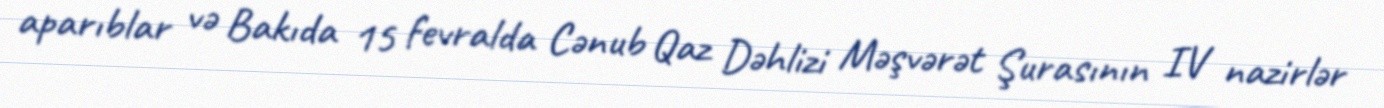
aparıblar və Bakıda 15 fevralda Cənub Qaz Dəhlizi Məşvərət Şurasının IV nazirlər